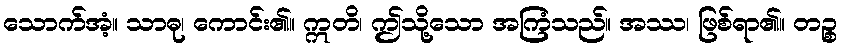
သောက်အံ့။ သာဓု၊ ကောင်း၏။ ဣတိ၊ ဤသို့သော အကြံသည်။ အဿ၊ ဖြစ်ရာ၏။ တဉ္စ